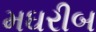
મઘરીબ